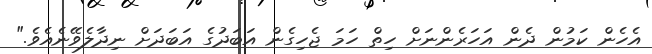
އެހެން ކަމުން ދެން އަހަރެންނަށް ހިތް ހަމަ ޖެހިގެން އަބަދުގެ އަބަދަށް ނިދާލެވޭނެއެވެ."